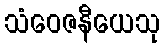
သံဝေဇနီယေသု